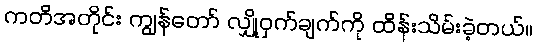
ကတိအတိုင်း ကျွန်တော် လျှို့ဝှက်ချက်ကို ထိန်းသိမ်းခဲ့တယ်။